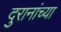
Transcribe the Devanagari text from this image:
दुरानांच्या